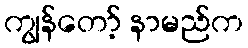
ကျွန်တော့် နာမည်က